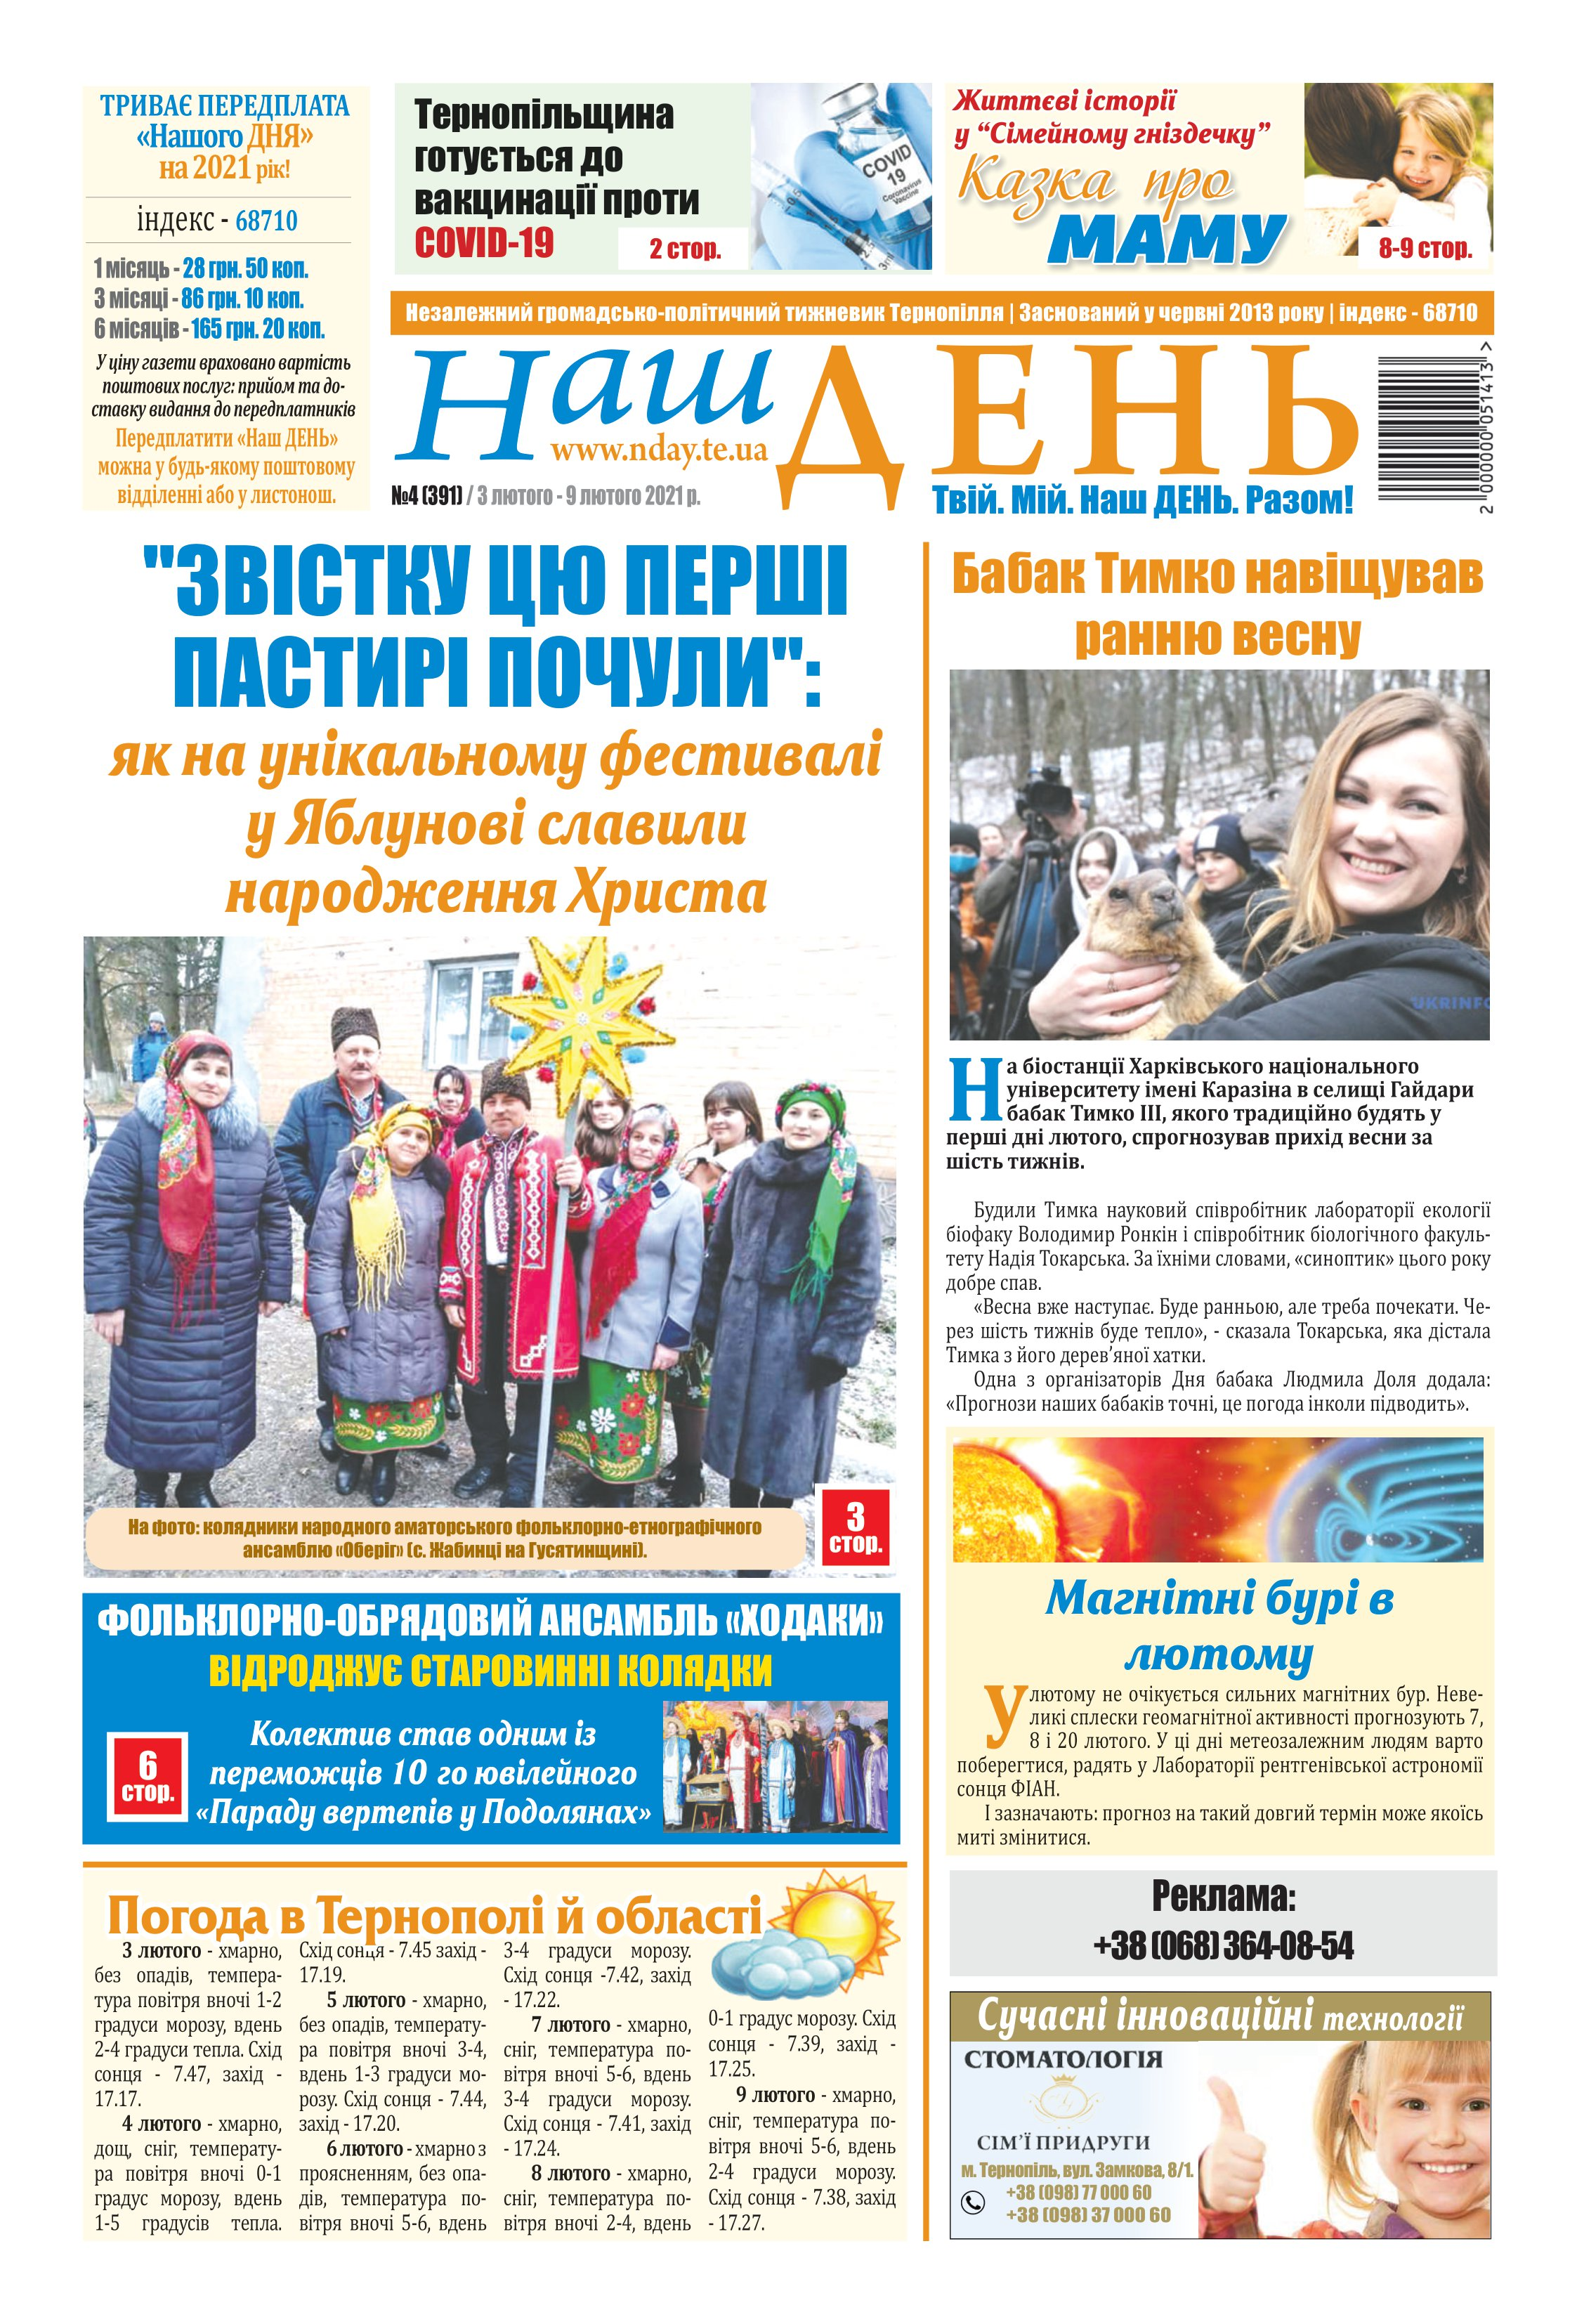
Language: uk